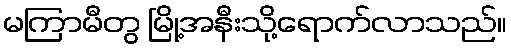
မကြာမီတွ မြို့အနီးသို့ရောက်လာသည်။